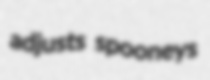
adjusts spooneys